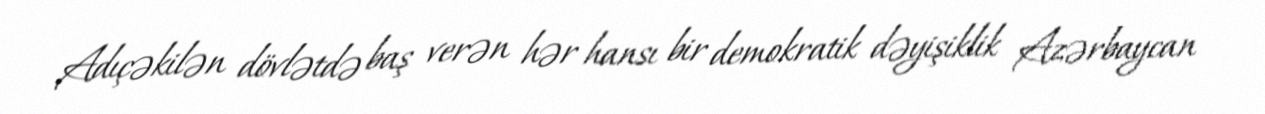
Adıçəkilən dövlətdə baş verən hər hansı bir demokratik dəyişiklik Azərbaycan